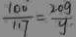
\frac { 1 0 0 } { 1 1 7 } = \frac { 2 . 0 g } { y }